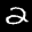
Label: 2